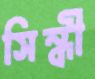
সিন্ধী